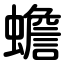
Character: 蟾